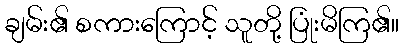
ချမ်း၏ စကားကြောင့် သူတို့ ပြုံးမိကြ၏။